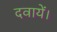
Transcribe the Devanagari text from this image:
दवायें।